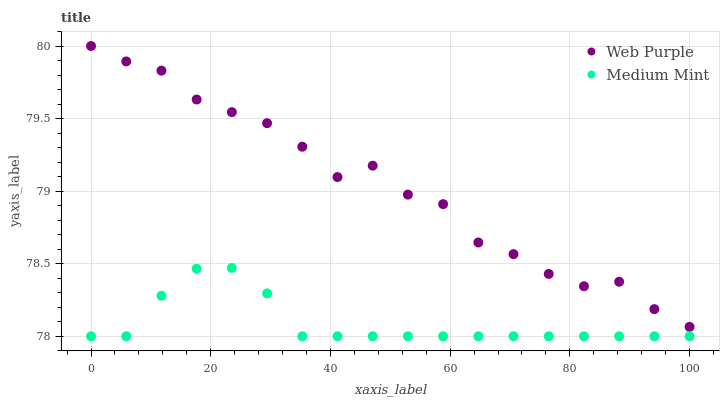
| xaxis_label | Web Purple | Medium Mint |
 | --- | --- | --- |
 | 0 | 80 | 78 |
 | 5.88 | 79.9 | 78 |
 | 11.8 | 79.8 | 78.3 |
 | 17.6 | 79.6 | 78.5 |
 | 23.5 | 79.5 | 78.5 |
 | 29.4 | 79.5 | 78.3 |
 | 35.3 | 79.3 | 78 |
 | 41.2 | 79.1 | 78 |
 | 47.1 | 79.2 | 78 |
 | 52.9 | 79 | 78 |
 | 58.8 | 78.9 | 78 |
 | 64.7 | 78.6 | 78 |
 | 70.6 | 78.6 | 78 |
 | 76.5 | 78.4 | 78 |
 | 82.4 | 78.3 | 78 |
 | 88.2 | 78.4 | 78 |
 | 94.1 | 78.2 | 78 |
 | 100 | 78.1 | 78 |